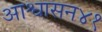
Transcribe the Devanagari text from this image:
आश्वासन४१